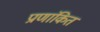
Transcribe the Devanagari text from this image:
प्राणांकित